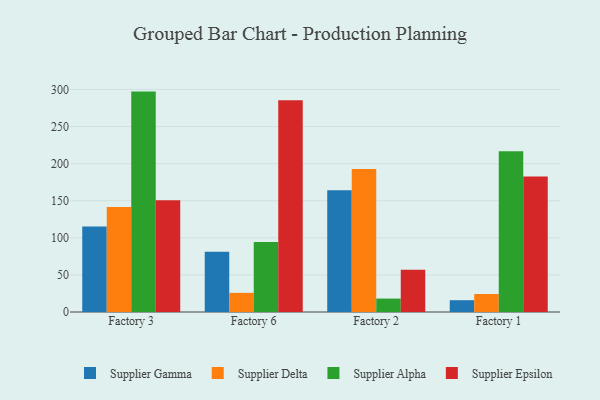
{"axis": {"x": "Factory", "y": "Backlog"}, "legend": ["Supplier Alpha", "Supplier Delta", "Supplier Epsilon", "Supplier Gamma"], "data": [{"x": "Factory 3", "y": 115.2, "type": "Supplier Gamma"}, {"x": "Factory 3", "y": 141.7, "type": "Supplier Delta"}, {"x": "Factory 3", "y": 297.1, "type": "Supplier Alpha"}, {"x": "Factory 3", "y": 150.8, "type": "Supplier Epsilon"}, {"x": "Factory 6", "y": 81.2, "type": "Supplier Gamma"}, {"x": "Factory 6", "y": 25.8, "type": "Supplier Delta"}, {"x": "Factory 6", "y": 94.4, "type": "Supplier Alpha"}, {"x": "Factory 6", "y": 285.5, "type": "Supplier Epsilon"}, {"x": "Factory 2", "y": 164.0, "type": "Supplier Gamma"}, {"x": "Factory 2", "y": 192.8, "type": "Supplier Delta"}, {"x": "Factory 2", "y": 18.1, "type": "Supplier Alpha"}, {"x": "Factory 2", "y": 56.8, "type": "Supplier Epsilon"}, {"x": "Factory 1", "y": 15.9, "type": "Supplier Gamma"}, {"x": "Factory 1", "y": 24.3, "type": "Supplier Delta"}, {"x": "Factory 1", "y": 216.6, "type": "Supplier Alpha"}, {"x": "Factory 1", "y": 182.6, "type": "Supplier Epsilon"}]}